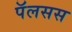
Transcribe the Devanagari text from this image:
पॅलसस